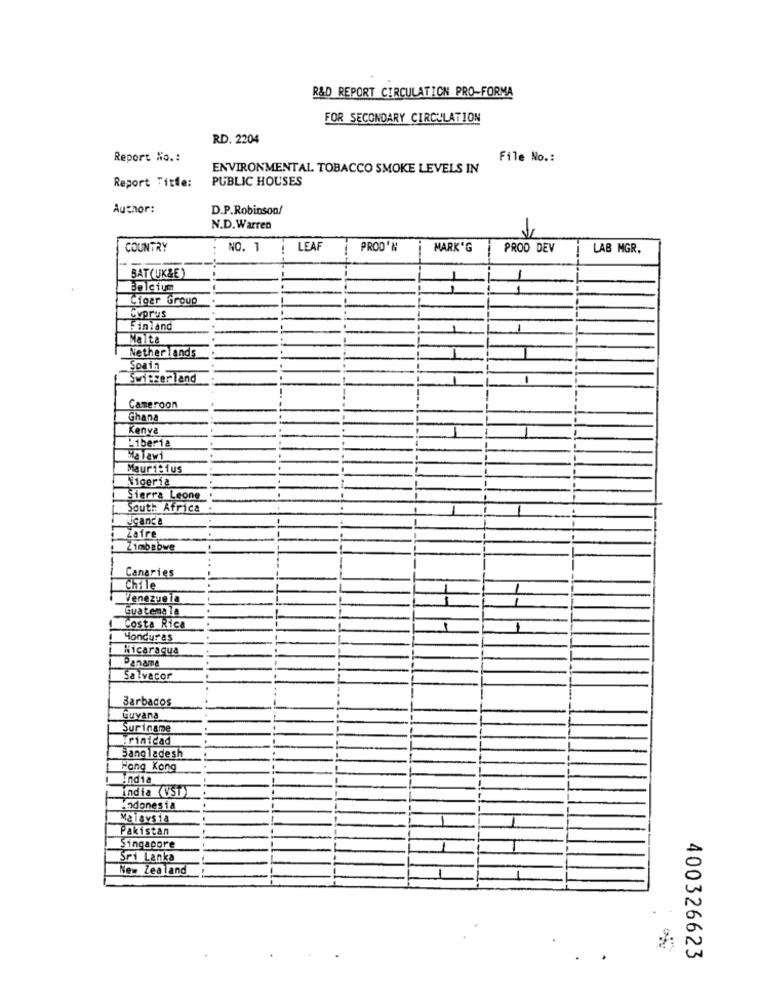
R&D REPORT CIRCULATION PRO-FORMA
FOR SECONDARY CIRCULATION
RD. 2204
Report No .:
File No .:
ENVIRONMENTAL TOBACCO SMOKE LEVELS IN
PUBLIC HOUSES
Report Title:
Author:
D.P.Robinson/
N.D.Warren
COUNTRY
NO. 1
LEAF
PROD'N
MARK'G
PROD DEV
LAB MGR.
BAT(UK&E)
-
Beletum
Cigar Group
Cyprus
Finland
Nether lands
Spain
Switzerland
Cameroon
Ghana
Kenya
Liberia
Mauri:1us
Nigeria
Sierra Leone
South Africa
Ucanca
Zafre
Zimbabwe
Canaries
Chile
Venezuela
Guatemala
Costa Rica
Honduras
Nicaragua
Panama
Salvacor
Barbados
Guyana
Suriname
Trinidad
Bangladesh
Hong Kong
india
india (VST)
Hodonesia
Malaysia
Pakistan
Singapore
Sri Lanka
New Zealand
400326623